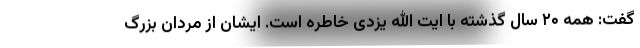
گفت: همه ۲۰ سال گذشته با ایت الله یزدی خاطره است. ایشان از مردان بزرگ